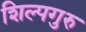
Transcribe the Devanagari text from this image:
शिल्पगुरु